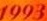
1993